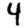
Digit: 4